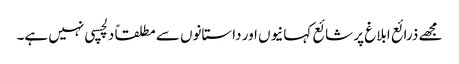
مجھے ذرائع ابلاغ پر شائع کہانیوں اور داستانوں سے مطلقاً دلچسپی نہیں ہے۔